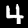
Label: 4